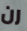
رن